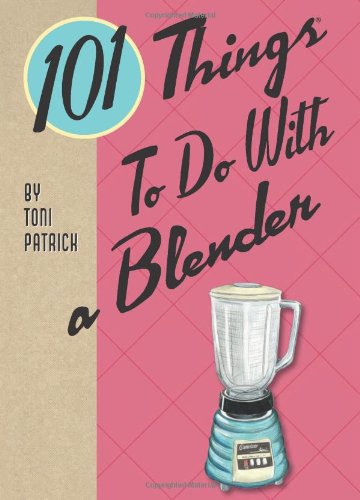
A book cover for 101 Things to Do With a Blender; Toni Patrick; Cookbooks, Food & Wine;